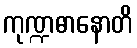
ကုဏ္ဍဓာနောတိ